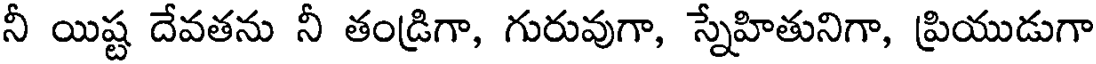
నీ యిష్ట దేవతను నీ తండ్రిగా, గురువుగా, స్నేహితునిగా, ప్రియుడుగా